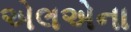
એલએના